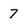
Character: 7